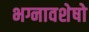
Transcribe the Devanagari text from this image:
भग्नावशेषो